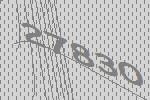
27830